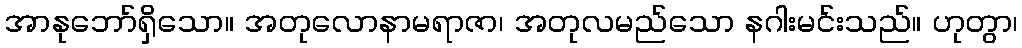
အာနုဘော်ရှိသော။ အတုလောနာမရာဇာ၊ အတုလမည်သော နဂါးမင်းသည်။ ဟုတွာ၊